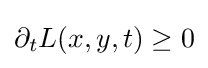
\partial _{t}L(x,y,t)\geq 0